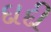
દાદી